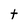
Character: t